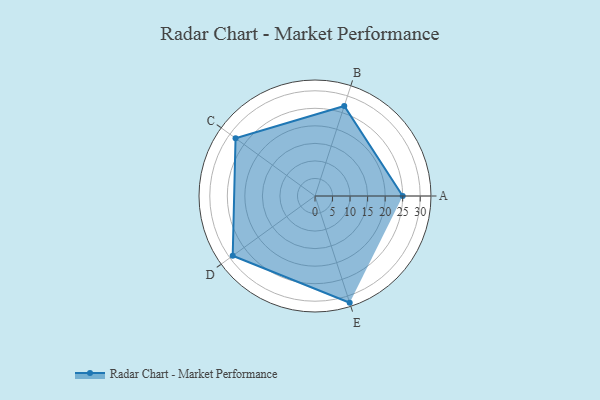
{"axis": {"x": "Skill", "y": "Score"}, "legend": ["Profile"], "data": [{"x": "A", "y": 25.0, "type": "Profile"}, {"x": "B", "y": 27.0, "type": "Profile"}, {"x": "C", "y": 28.0, "type": "Profile"}, {"x": "D", "y": 29.0, "type": "Profile"}, {"x": "E", "y": 32.0, "type": "Profile"}]}